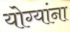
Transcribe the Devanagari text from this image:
योग्यांना